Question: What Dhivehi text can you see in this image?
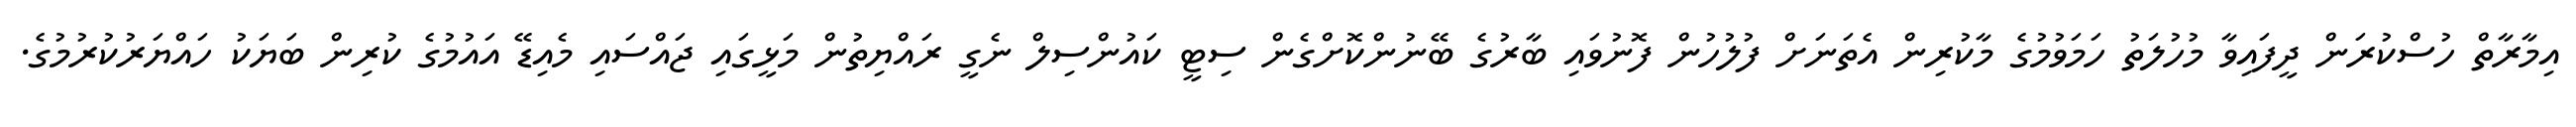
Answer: އިމާރާތް ހުސްކުރަން ދީފައިވާ މުހުލަތު ހަމަވުމުގެ މާކުރިން އެތަނަށް ފުލުހުން ފޮނުވައި ބާރުގެ ބޭނުންކޮށްގެން ސިޓީ ކައުންސިލް ނެގީ ރައްޔިތުން މަޅީގައި ޖައްސައި މެއިޑޭ އައުމުގެ ކުރިން ބަޔަކު ހައްޔަރުކުރުމުގެ.